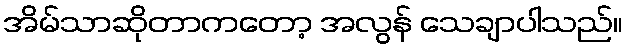
အိမ်သာဆိုတာကတော့ အလွန် သေချာပါသည်။